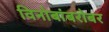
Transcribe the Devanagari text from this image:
विनोबांबरोबर